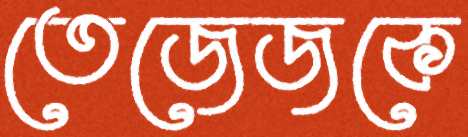
তেজেজকে